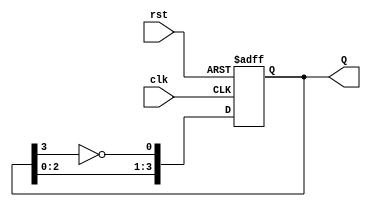
module modified_johnson_counter #(parameter N = 4) (
    input wire clk,
    input wire rst,
    output reg [N-1:0] Q
);

    // Initial state for the counter
    initial begin
        Q = 0;
    end

    always @(posedge clk or posedge rst) begin
        if (rst) begin
            Q <= 0; // Reset the counter to 0
        end else begin
            // Shift the current state and apply the feedback
            Q <= {Q[N-2:0], ~Q[N-1]};
        end
    end

endmodule